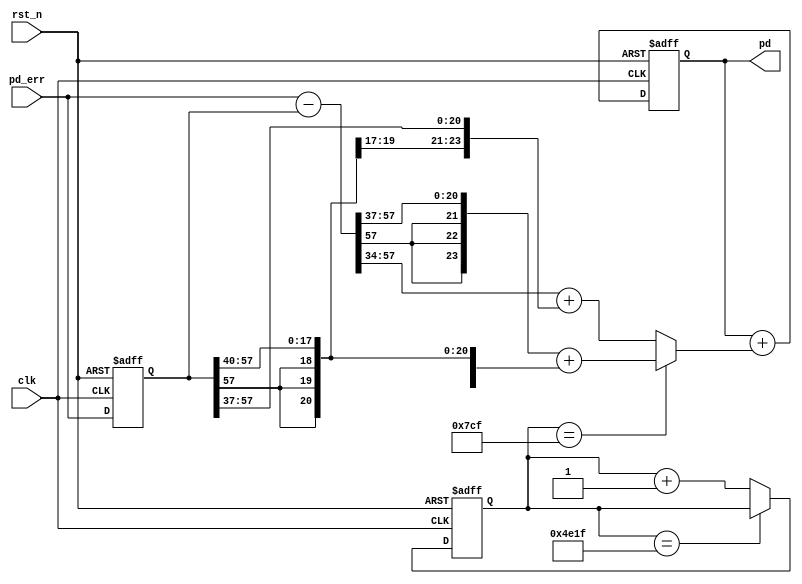
`timescale 1ns / 1ps
//////////////////////////////////////////////////////////////////////////////////
// Module Name: costas_loop_filter
// Description: COSTAS, IIR
// H(z) = c1+{[c2*z^(-1)]/[1-z^(-1)]}
// y(n)-y(n-1) = c1*x(n)+(c2-c1)*x(n-1) = c1*(x(n)-x(n-1))+c2*x(n-1)
//////////////////////////////////////////////////////////////////////////////////


module costas_loop_filter
(
        input wire              clk             ,
        input wire              rst_n           ,
        

        input wire [57:0]       pd_err          , 
        
        output wire[23:0]       pd                //, 
);

    reg [57:0]  pd_err_d        ; //pd_err, x(n-1)
    wire[57:0]  pd_err_sub      ; //x(n)-x(n-1)
    reg [23:0]  pd_sub          ; //y(n)-y(n-1)
    
    //, 24bit()
    reg [23:0]  pd_reg          ; 
    
    //, C1\C2
    reg [15:0]   cnt_update     ;
    
    //cnt_update
    always@(posedge clk or negedge rst_n) begin
        if(~rst_n) begin
            cnt_update <= 'd0;
        end else if(cnt_update == 'd19999) begin //2000
            cnt_update <= cnt_update;
        end else begin
            cnt_update <= cnt_update + 'd1;
        end
    end

    //pd_err_d
    always@(posedge clk or negedge rst_n) begin
        if(!rst_n) begin
            pd_err_d <= 'd0;
        end else begin
            pd_err_d <= pd_err;
        end
    end
    
    //
    //pdpd_reg
    assign pd = pd_reg;
    
    
    //pd_reg
    always@(posedge clk or negedge rst_n) begin
        if(!rst_n) begin
            pd_reg <= 'd0;
        end else begin
            pd_reg <= pd_reg + pd_sub;  //y(n) = y(n-1)+[y(n)-y(n-1)]
        end
    end
    
    //x(n)-x(n-1)
    assign pd_err_sub = pd_err - pd_err_d; 

    //yy(n)-y(n-1), c1\c2, , 
    //, , 
    //c1 = 2^(-35)
    //c2 = 2^(-38)
    
    //, 
    //c1 = 2^(-38)
    //c2 = 2^(-41)
    
    //y(n)-y(n-1)=c1*(x(n)-x(n-1))+c2*x(n-1)
    always@(*) begin
        if(cnt_update == 'd1999) begin //
            pd_sub = {{3{pd_err_sub[57]}}, pd_err_sub[57:37]} + {{6{pd_err_d[57]}},pd_err_d[57:40]};
        end else begin //
            pd_sub = pd_err_sub[57:34] + {{3{pd_err_d[57]}},pd_err_d[57:37]};
        end
    end
    
    
endmodule